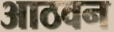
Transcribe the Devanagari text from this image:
आठवन